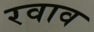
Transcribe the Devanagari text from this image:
रवाव